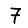
Digit: 7